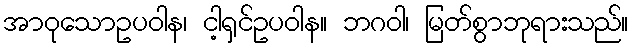
အာဝုသောဥပဝါန၊ ငါ့ရှင်ဥပဝါန။ ဘဂဝါ၊ မြတ်စွာဘုရားသည်။